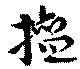
擅